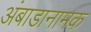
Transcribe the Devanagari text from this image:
अंबाडानामक